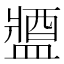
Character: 𨡰